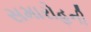
સમારોહની